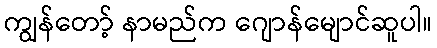
ကျွန်တော့် နာမည်က ဂျောန်မျောင်ဆူပါ။